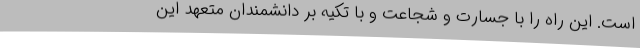
است. این راه را با جسارت و شجاعت و با تکیه بر دانشمندان متعهد این